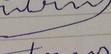
Signature authenticity: forged